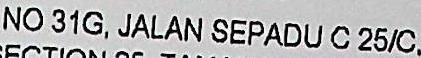
NO 31G, JALAN SEPADU C 25/C.